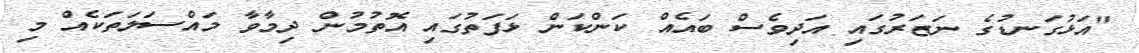
"އަޅުގަނޑުގެ ނަޒަރުގައި އަދިވެސް ބައެއް ކަންކަން ޅަފަތުގައި އޮތުމުން ދިމާވާ މައްސަލަތަކެއް މި